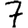
Digit: 7